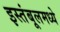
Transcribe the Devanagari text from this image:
इस्तंबूलमध्ये